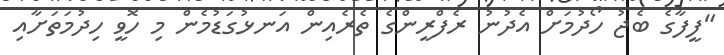
"ފީފާގެ ބެޖު ހޯދުމަށް އެދުނު ރެފްރީންގެ ތެރެއިން އަނޅުގަޑުމެން މި ހޮވީ ހިދުމަތަށާއި